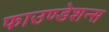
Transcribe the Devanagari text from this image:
फाउण्डेशन्स